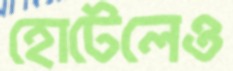
হোটেলেও